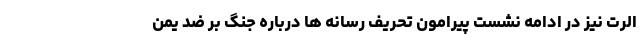
الرت نیز در ادامه نشست پیرامون تحریف رسانه ها درباره جنگ بر ضد یمن